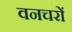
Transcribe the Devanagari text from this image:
वनचरों